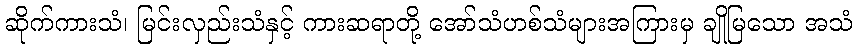
ဆိုက်ကားသံ၊ မြင်းလှည်းသံနှင့် ကားဆရာတို့ အော်သံဟစ်သံများအကြားမှ ချိုမြသော အသံ